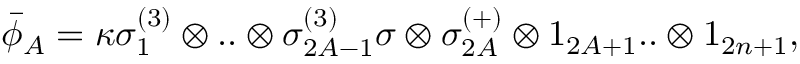
\bar { \phi } _ { A } = \kappa \sigma _ { 1 } ^ { ( 3 ) } \otimes . . \otimes \sigma _ { 2 A - 1 } ^ { ( 3 ) } \sigma \otimes \sigma _ { 2 A } ^ { ( + ) } \otimes 1 _ { 2 A + 1 } . . \otimes 1 _ { 2 n + 1 } ,